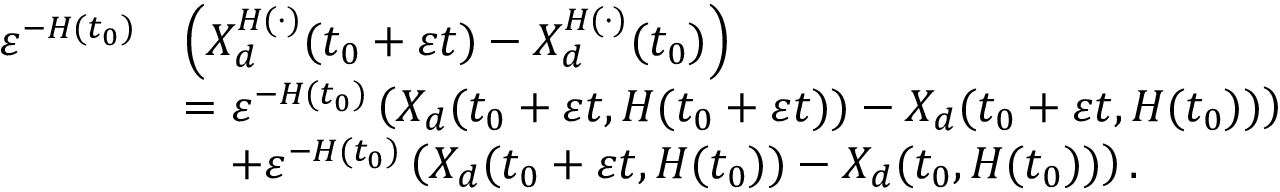
\begin{array} { r l } { \varepsilon ^ { - H ( t _ { 0 } ) } } & { \left( X _ { d } ^ { H ( \cdot ) } ( t _ { 0 } + \varepsilon t ) - X _ { d } ^ { H ( \cdot ) } ( t _ { 0 } ) \right) } \\ & { = \varepsilon ^ { - H ( t _ { 0 } ) } \left( X _ { d } ( t _ { 0 } + \varepsilon t , H ( t _ { 0 } + \varepsilon t ) ) - X _ { d } ( t _ { 0 } + \varepsilon t , H ( t _ { 0 } ) ) \right) } \\ & { \quad + \varepsilon ^ { - H ( t _ { 0 } ) } \left( X _ { d } ( t _ { 0 } + \varepsilon t , H ( t _ { 0 } ) ) - X _ { d } ( t _ { 0 } , H ( t _ { 0 } ) ) \right) . } \end{array}